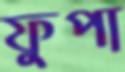
ফুপা